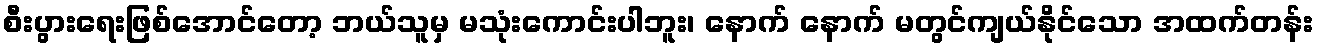
စီးပွားရေးဖြစ်အောင်တော့ ဘယ်သူမှ မသုံးကောင်းပါဘူး၊ နောက် နောက် မတွင်ကျယ်နိုင်သော အထက်တန်း